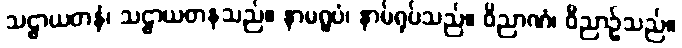
သဠာယတနံ၊ သဠာယတနသည်။ နာမရူပံ၊ နာမ်ရုပ်သည်။ ဝိညာဏံ၊ ဝိညာဉ်သည်။